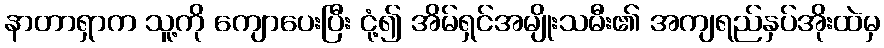
နာတာရှာက သူ့ကို ကျောပေးပြီး ငုံ့၍ အိမ်ရှင်အမျိုးသမီး၏ အကျရည်နှပ်အိုးထဲမှ